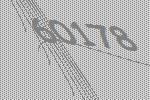
60178